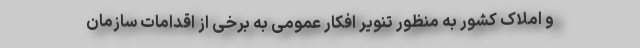
و املاک کشور به منظور تنویر افکار عمومی به برخی از اقدامات سازمان